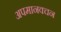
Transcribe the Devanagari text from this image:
अपमानवचन